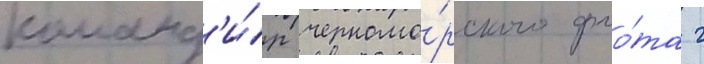
команд'и́р черномо́рского фло́та г